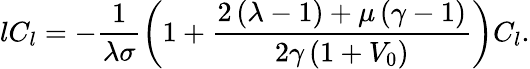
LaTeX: lC_{l}=-\frac{1}{\lambda\sigma}\left(1+\frac{2\left(\lambda-1\right)+\mu\left(\gamma-1\right)}{2\gamma\left(1+V_{0}\right)}\right)C_{l}.